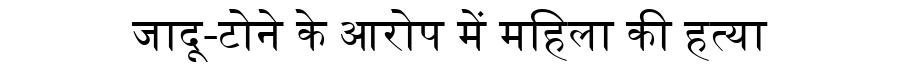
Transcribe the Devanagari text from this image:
जादू-टोने के आरोप में महिला की हत्या